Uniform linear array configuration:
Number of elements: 48
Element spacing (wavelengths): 0.75
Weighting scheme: hamming
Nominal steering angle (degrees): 45
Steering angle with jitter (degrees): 46.294
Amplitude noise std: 0.05
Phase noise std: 0.05

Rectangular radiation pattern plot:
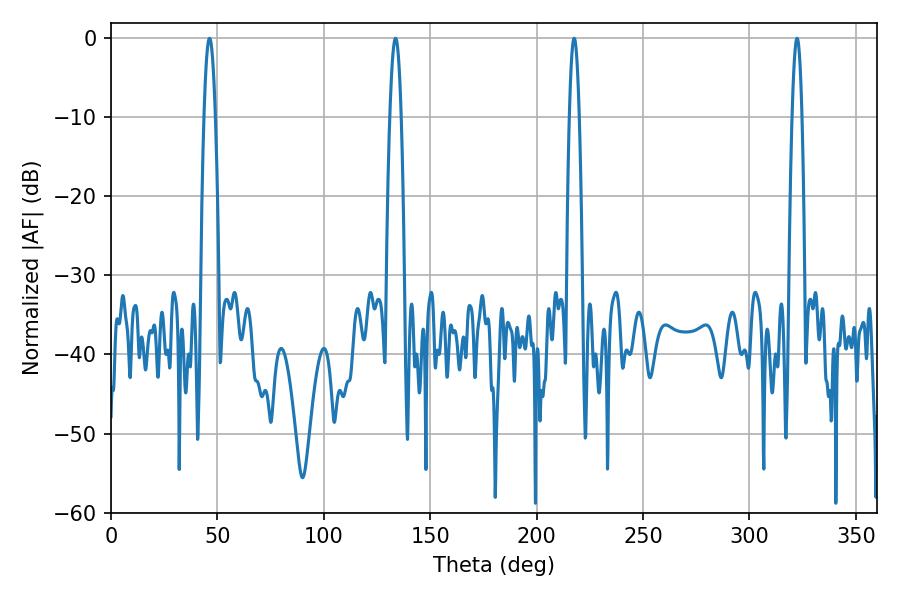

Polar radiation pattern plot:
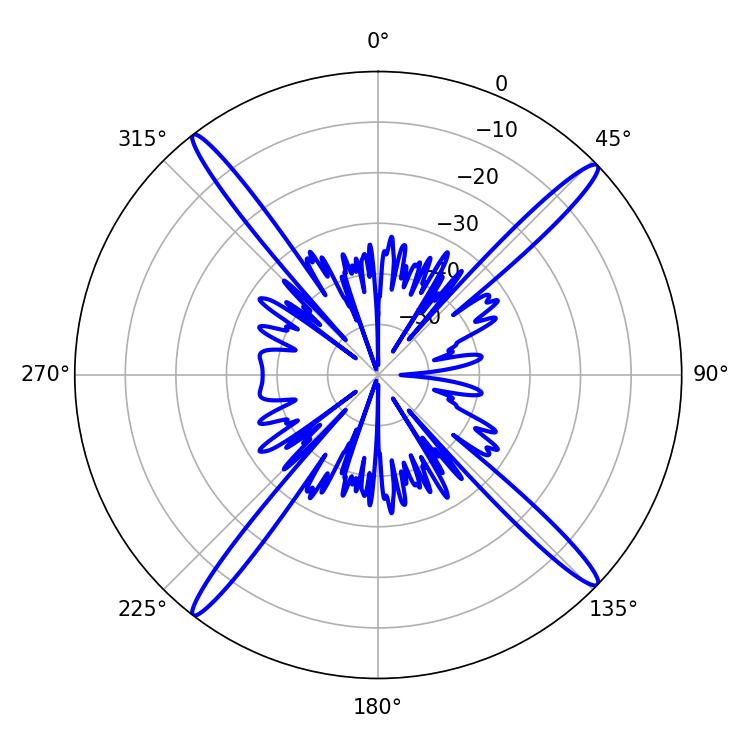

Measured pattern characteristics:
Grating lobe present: TRUE
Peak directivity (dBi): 19.753
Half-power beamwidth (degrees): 2.52
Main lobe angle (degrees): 217.62